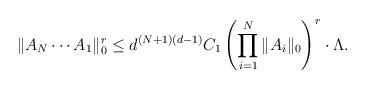
LaTeX: \begin{align*}\|A_N\cdots A_1\|_{0}^{r} \leq d^{(N+1)(d-1)}C_1\left(\prod_{i=1}^{N}{\|A_i\|_{0}}\right)^{r}\cdot\Lambda. \end{align*}